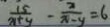
\frac { 1 5 } { x + y } - \frac { 2 } { x - y } = 6